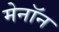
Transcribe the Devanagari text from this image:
मेनॉन